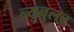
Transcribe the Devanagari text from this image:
न्‍युबुलर